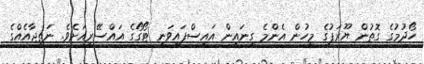
ހޯދުމުގެ ގޮތުން ޔޫރަޕުގެ މީހުން އެންމެ ގިނައިން އައިސްފައިވަނީ ޓޯގޯގެ އައްސޭރިއަށެވެ. ނަތީޖާއެއްގެ